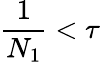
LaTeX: \frac{1}{N_{1}}<\tau